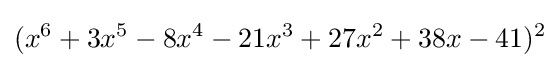
(x^{6}+3x^{5}-8x^{4}-21x^{3}+27x^{2}+38x-41)^{2}